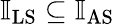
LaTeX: \mathbb{I}_{\mathrm{LS}}\subseteq\mathbb{I}_{\mathrm{AS}}